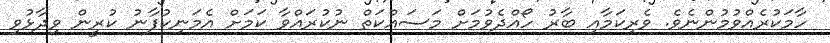
ހާމަކުރެއްވުމުންނެވެ. ވެރިކަމާއި ބާރު ހޯއްދެވުމަށް މަަސައްކަތް ނުކުރައްވާ ކަމަށް އެމަނިކުފާނު ކުރީން ވިދާޅުވި